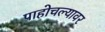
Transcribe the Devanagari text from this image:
पाहोचल्यावर